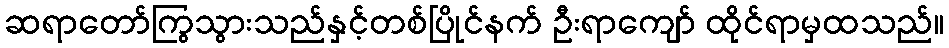
ဆရာတော်ကြွသွားသည်နှင့်တစ်ပြိုင်နက် ဦးရာကျော် ထိုင်ရာမှထသည်။